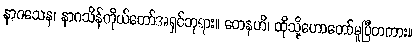
နာဂသေန၊ နာဂသိန်ကိုယ်တော်အရှင်ဘုရား။ တေနဟိ၊ ထိုသို့ဟောတော်မူပြီတကား။